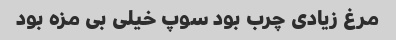
مرغ زیادی چرب بود سوپ خیلی بی مزه بود